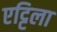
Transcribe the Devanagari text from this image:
एट्टिला